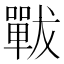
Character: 𡁳